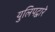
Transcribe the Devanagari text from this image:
युलिपद्वारे